Kassari_(Keina)_vallavalitsus, lk 67
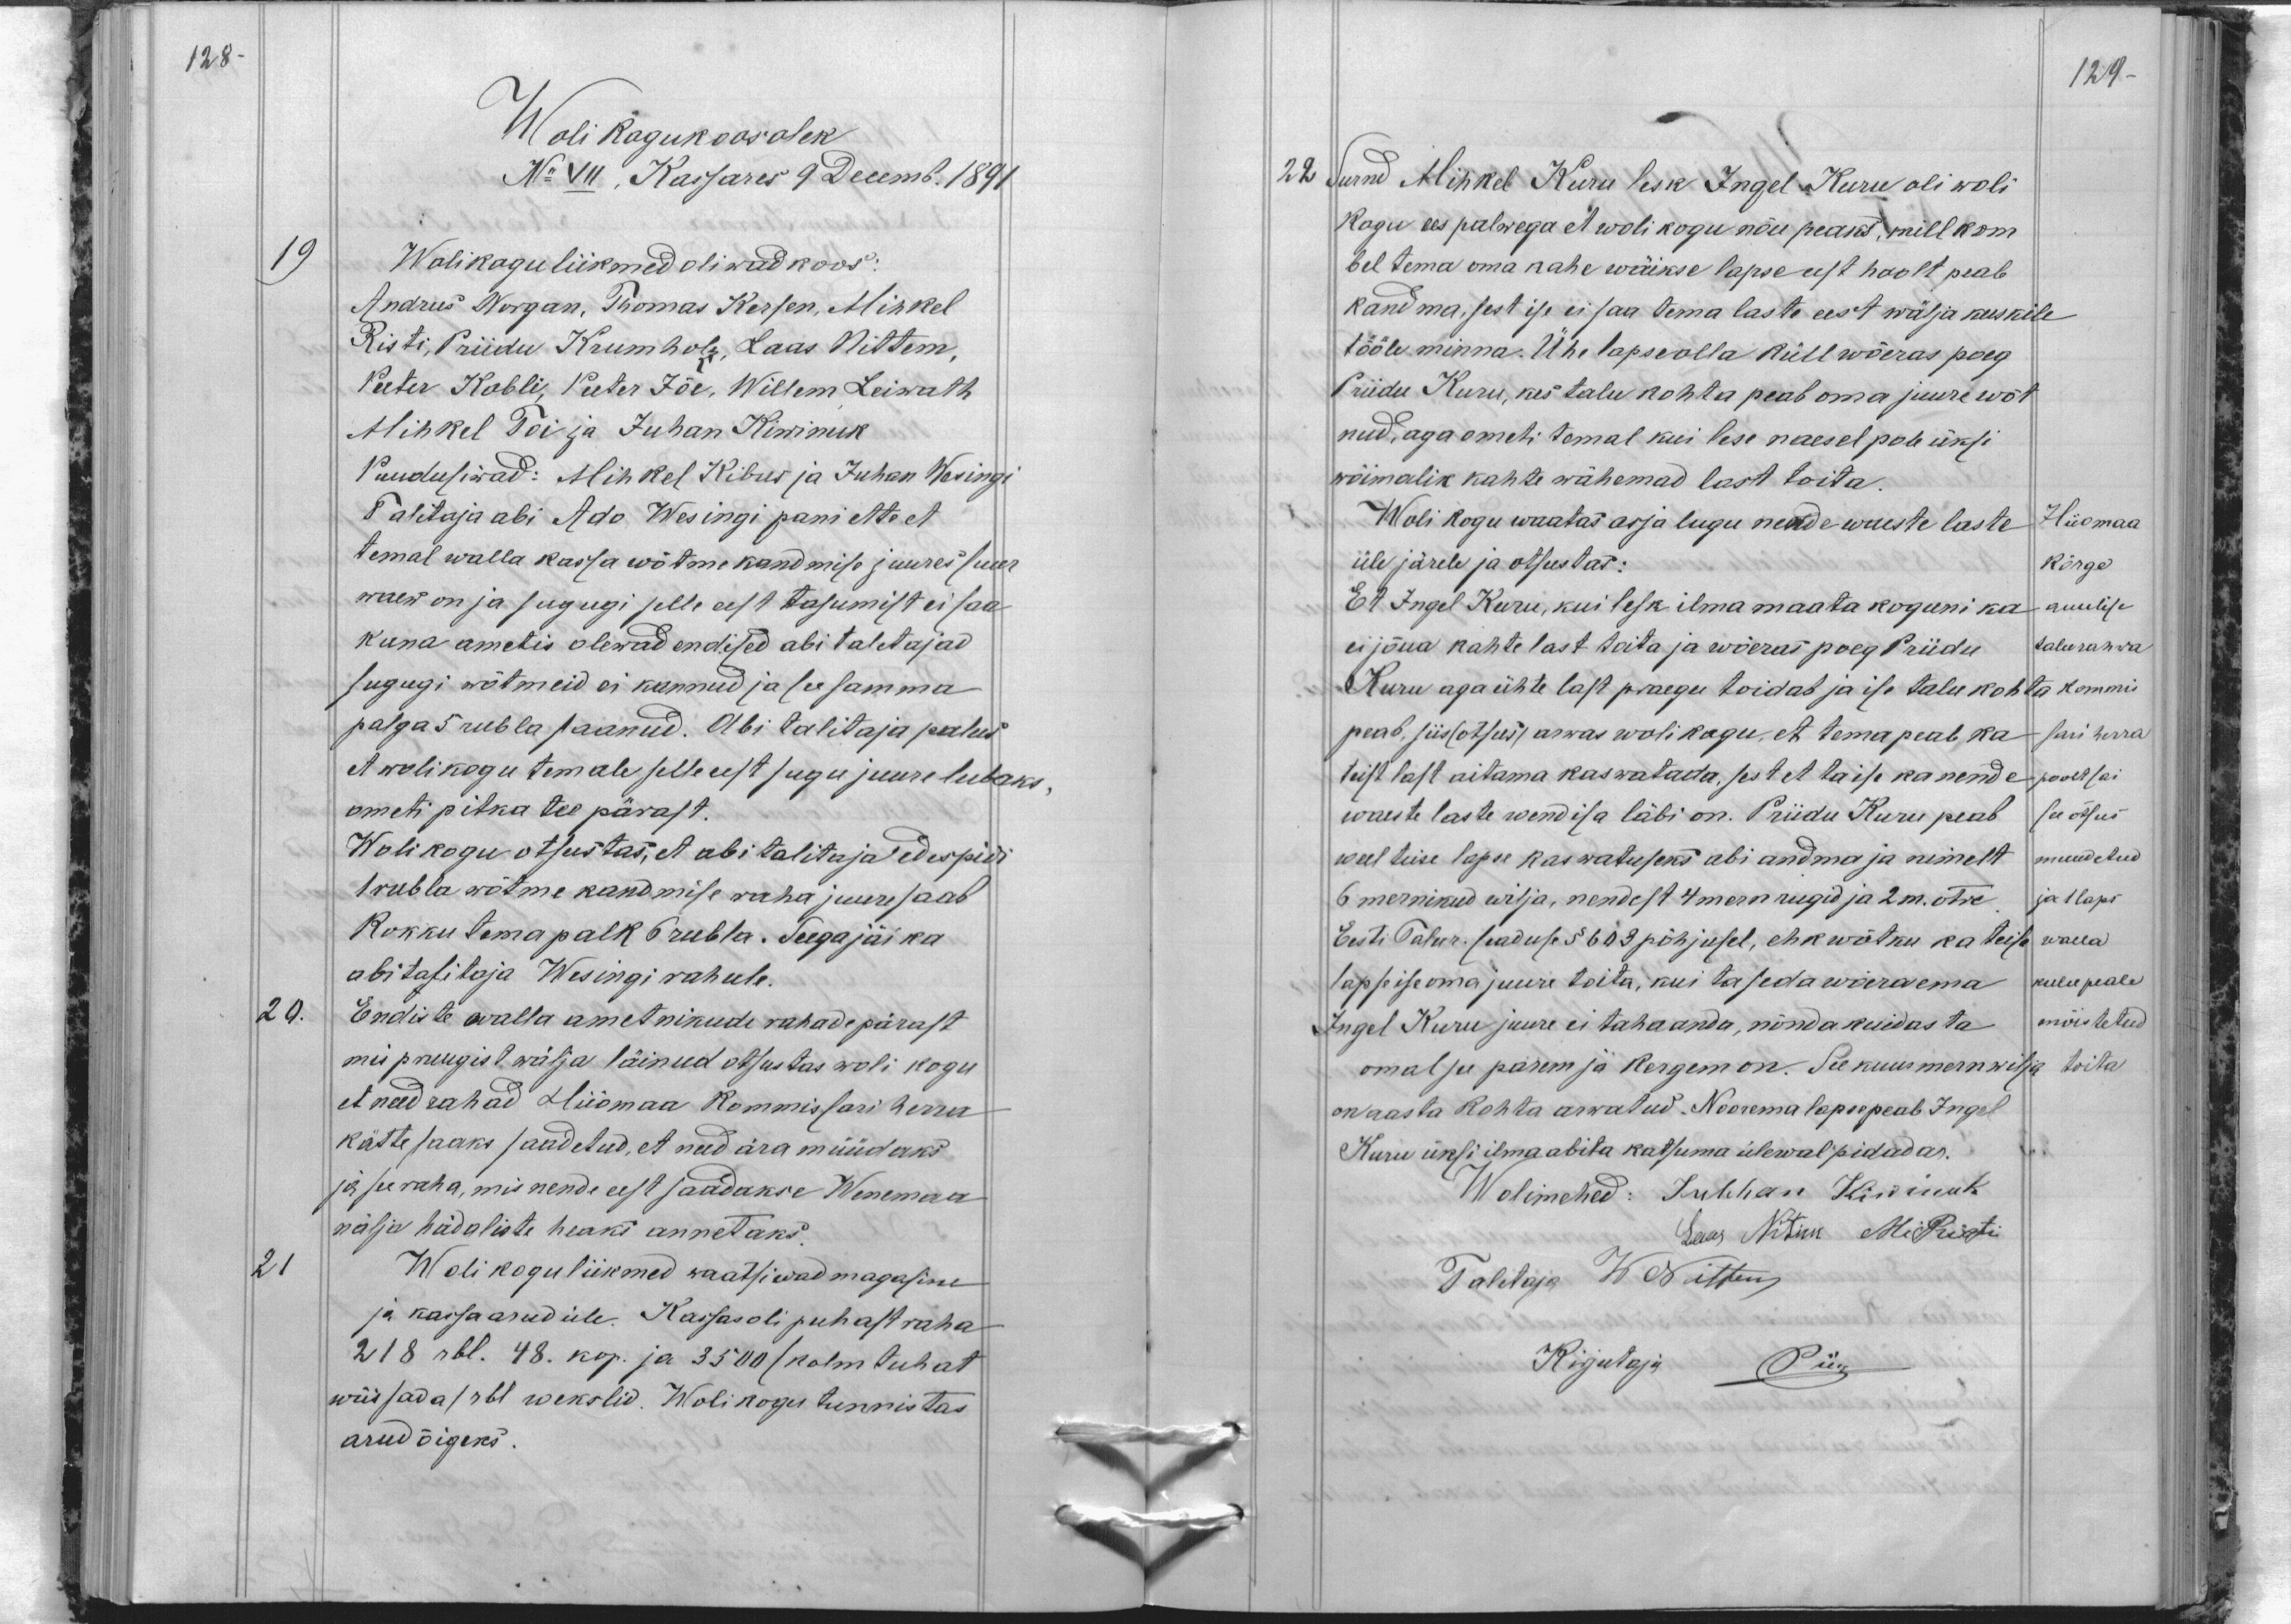
128
Woli kogukoosolek
No VII, Kassares 9 Decemb. 1891
19
Wolikogu liikmed oliwad koos:
Andrus Norgan, Thomas Kersen, Mihkel
Risti, Priidu Krumholz, Laas Nittem,
Peeter Kobli, Peeter Jõe, Willem Leiwath
Mihkel Toi ja Juhan Kiwinuk
Puudusiwad: Mihkel Kibus ja Juhan Wesingi
Talitaja abi Ado Wesingi pani ette et
temal walla kassa wõtme kandmise juures suur
waew on ja sugugi selle eest tasumist ei saa
kuna ametis olewad endised abi taletajad
sugugi wõtmeid ei kannud ja see samma
palga 5 rubla saanud. Abi talitaja palus
et wolikogu temale selle eest sugu juure lubaks,
ometi pitka tee pärast.
Wolikogu otsustas, et abitalitaja edespidi
1 rubla wõtme kandmise raha juure saab
Kokku tema palk 6 rubla. Seega jäi ka
abitalitaja Wesingi rahule.
20.
Endiste walla ametnikude rahade pärast
mis pruugist wälja läinud otsustas woli kogu
et need rahad Hiiomaa Kommissari herra
kätte saaks saadetud, et need ära müüdaks
ja see raha, mis nende eest saadakse Wenemaa
nälja hädaliste heaks annetaks.
21
Woli kogu liikmed waatsiwad magasine
ja kassa arud üle. Kassas oli puhast raha
218 rbl. 48. kop. ja 3500 /kolm tuhat
wiis sada/ rbl wekslid. Wolikogu tunnistas
arud õigeks.

129
22
Surnd Mihkel Kuru lesk Ingel Kuru oli woli
kogu ees palwega et woli kogu nõu peaks, mill kom
bel tema oma kahe wäikse lapse eest hoolt peab
kandma, sest ise ei saa tema laste eest wälja kuskile
tööle minna. Ühe lapse olla küll wõeras poeg
Priidu Kuru, kes talu kohta peab oma juure wõt
nud, aga ometi temal kui lese naesel pole üksi
wõimalik kahte wähemad last toita.
Woli kogu waatas asja lugu nende waeste laste
Hiiomaa
üle järele ja otsustas:
Kõrge
Et Ingel Kuru, kui lesk ilma maata koguni ka
auulise
ei jõua kahte last toita ja wõeras poeg Priidu
talurahwa
Kuru aga ühte last praegu toidab ja ise talu kohta
kommis
peab, siis (otsus) arwas wolikogu, et tema peab ka
sari herra
teist last aitama kaswatada, sest et ta ise ka nende
poolt sai
waeste laste wend isa läbi on. Priidu Kuru peab
see otsus
weel teise lapse kaswatuseks abi andma ja nimelt
muudetud
6 mernikud wilja, nendest 4 mern rugid ja 2m. otre
ja 1 laps
Eesti Talur. seaduse § 603 põhjusel, ehk wõtku ka teise
walla
lapse ise oma juure toita, kui ta seda wõeraema
kulu peale
Ingel Kuru juure ei taha anda, nõnda kuidas ta
mõistetud
omal ju parem ja kergem on. See kuus mern wilja
toita
on aasta kohta arwatud. Noorema lapse peab Ingel
Kuru üksi ilma abita katsuma ülewal pidadas.
Wolimehed: Juhhan Kiwinuk
Laas Nitim Mi Risti
Talitaja W Nittim
Kirjutaja
Piik